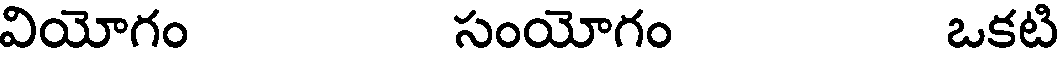
వియోగం సంయోగం ఒకటి